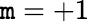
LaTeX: \mathtt{m}=+1